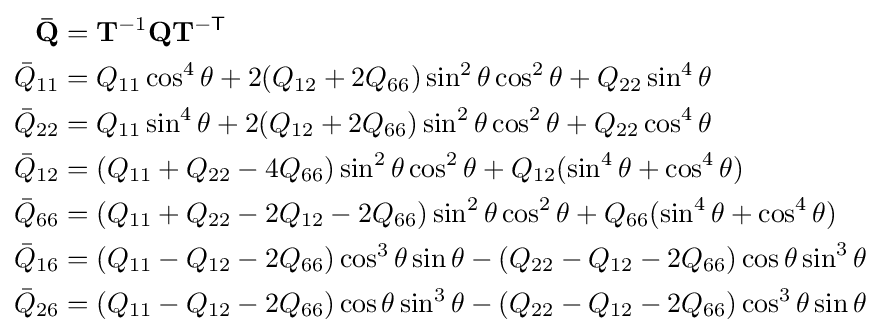
{\begin{aligned}\mathbf {\bar {Q}} &=\mathbf {T} ^{-1}\mathbf {Q} \mathbf {T} ^{\mathsf {-T}}\\{\bar {Q}}_{11}&=Q_{11}\cos ^{4}\theta +2(Q_{12}+2Q_{66})\sin ^{2}\theta \cos ^{2}\theta +Q_{22}\sin ^{4}\theta \\{\bar {Q}}_{22}&=Q_{11}\sin ^{4}\theta +2(Q_{12}+2Q_{66})\sin ^{2}\theta \cos ^{2}\theta +Q_{22}\cos ^{4}\theta \\{\bar {Q}}_{12}&=(Q_{11}+Q_{22}-4Q_{66})\sin ^{2}\theta \cos ^{2}\theta +Q_{12}(\sin ^{4}\theta +\cos ^{4}\theta )\\{\bar {Q}}_{66}&=(Q_{11}+Q_{22}-2Q_{12}-2Q_{66})\sin ^{2}\theta \cos ^{2}\theta +Q_{66}(\sin ^{4}\theta +\cos ^{4}\theta )\\{\bar {Q}}_{16}&=(Q_{11}-Q_{12}-2Q_{66})\cos ^{3}\theta \sin \theta -(Q_{22}-Q_{12}-2Q_{66})\cos \theta \sin ^{3}\theta \\{\bar {Q}}_{26}&=(Q_{11}-Q_{12}-2Q_{66})\cos \theta \sin ^{3}\theta -(Q_{22}-Q_{12}-2Q_{66})\cos ^{3}\theta \sin \theta \end{aligned}}